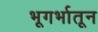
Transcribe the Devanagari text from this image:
भूगर्भातून